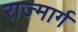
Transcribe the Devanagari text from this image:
राज्मार्ग